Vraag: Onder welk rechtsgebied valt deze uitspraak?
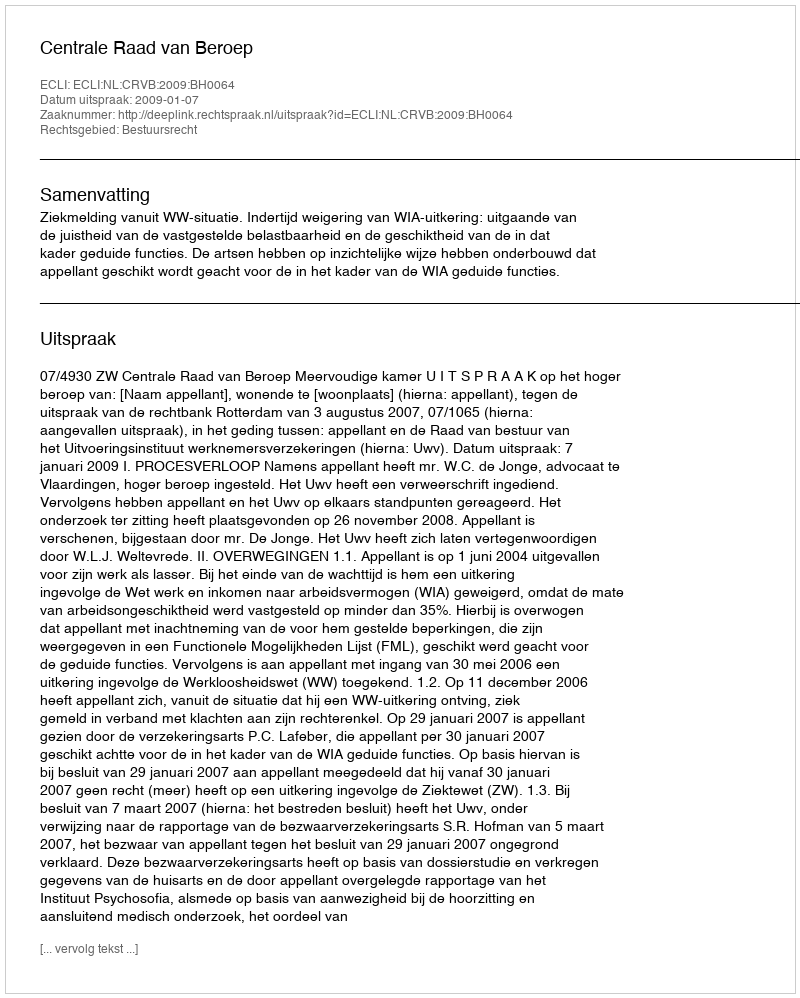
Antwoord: Bestuursrecht